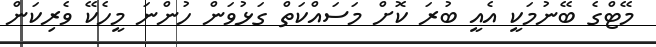
މޭޓްގެ ބޭނުމަކީ އެއީ ބުރަ ކޮށް މަސައްކަތް ގަޅުވަން ހުންނަ މީހެކޭ ވެރިކަން